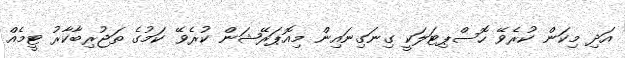
އަދި މިކަން ކުރެވޭ ހޮސްޕިޓަލަކީ ގިނަގިނައިން މިއޮޕަރޭޝަން ކުރެވޭ ކަމުގެ ތަޖުރިބާކާރު ޓީމެއް